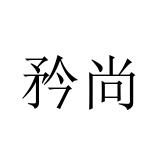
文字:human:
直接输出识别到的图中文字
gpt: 矜尚